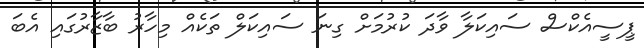
ޕީސީއެކްސް ސައިކަލާ ވާދަ ކުރުމަށް ގިނަ ސައިކަލް ތަކެއް މިހާރު ބާޒާރުގައި އެބަ